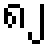
၈၂